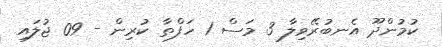
ކުމުންދޫ އެނބުރޭވިލާ 3 މަސް 1 ހަފްތާ ކުރިން - 09 ޖުލައި